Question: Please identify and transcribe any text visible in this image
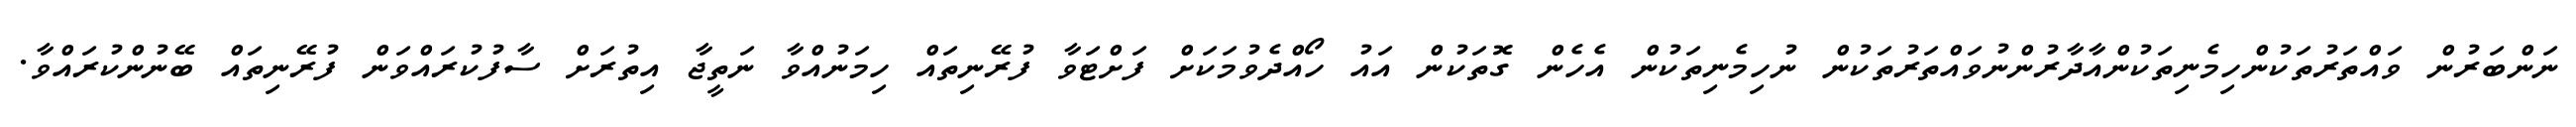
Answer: ނަންބަރުން ވައްތަރުތަކުންހިމެނިތަކުންއާދާރުންނުވައްތަރުތަކުން ނުހިމެނިތަކުން އެހެން ގޮތަކުން އައު ހޯއްދެވުމަކަށް ފަށްޓަވާ ފުރޭނިތައް ހިމަނުއްވާ ނަތީޖާ އިތުރަށް ސާފުކުރައްވަން ފުރޭނިތައް ބޭނުންކުރައްވާ.